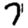
Digit: 7